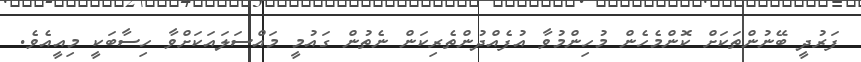
ފަރުދީ ބޭނުންތަކަށް ކޮންމެހެން މުހިންމުވާ އުފެއްދުންތެރިކަން ނެތުން ގައުމީ މައްސަލައަކަށްވާ ހިސާބަކީ މިއީއެވެ.